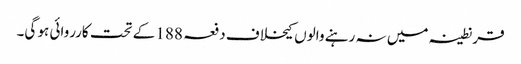
قرنطینہ میں نہ رہنے والوں کیخلاف دفعہ 188 کے تحت کارروائی ہو گی۔